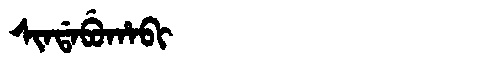
Manchu: ᠰᡳᠨᡩᠠᠪᡠᡥᠠᠪᡳ
Romanization: SINDABUHABI